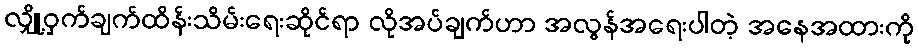
လျှို့ဝှက်ချက်ထိန်းသိမ်းရေးဆိုင်ရာ လိုအပ်ချက်ဟာ အလွန်အရေးပါတဲ့ အနေအထားကို